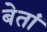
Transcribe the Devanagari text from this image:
बेतां